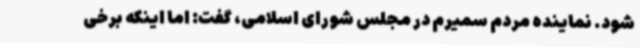
شود. نماینده مردم سمیرم در مجلس شورای اسلامی، گفت: اما اینکه برخی